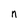
Character: n